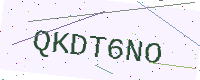
Text: QKDT6NO